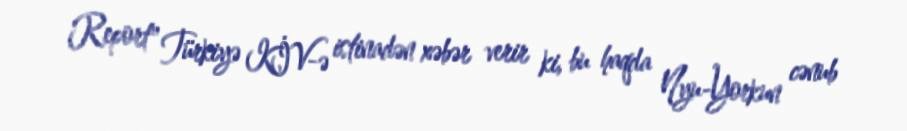
Report" Türkiyə KİV-ə istinadən xəbər verir ki, bu haqda Nyu-Yorkun cənub